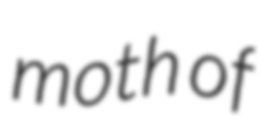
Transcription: moth of